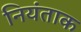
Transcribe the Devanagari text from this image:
नियंताक